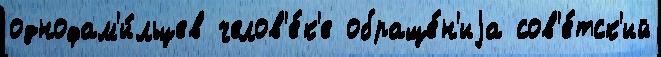
однофам'и́льцев челов'е́к'е обраще́н'иjа сов'е́тск'ий